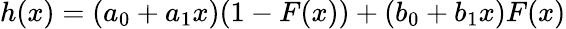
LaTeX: h(x)=(a_{0}+a_{1}x)(1-F(x))+(b_{0}+b_{1}x)F(x)